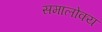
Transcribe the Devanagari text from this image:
समालोक्य